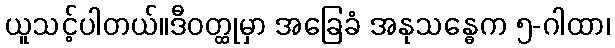
ယူသင့်ပါတယ်။ဒီဝတ္ထုမှာ အခြေခံ အနုသန္ဓေက ၅-ဂါထာ၊